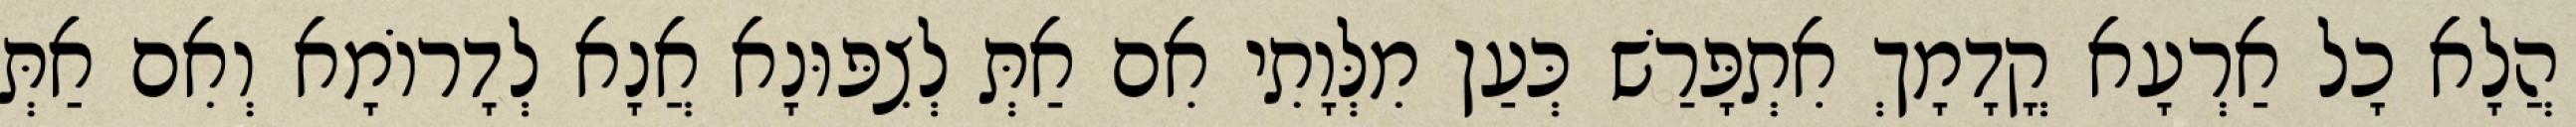
הֲלָא כָל אַרְעָא קֳדָמָךְ אִתְפָּרַשׁ כְּעַן מִלְּוָתִי אִם אַתְּ לְצִפּוּנָא אֲנָא לְדָרוֹמָא וְאִם אַתְּ